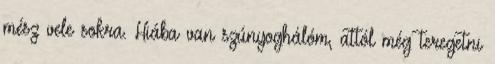
mész vele sokra. Hiába van szúnyoghálóm, attól még teregetni